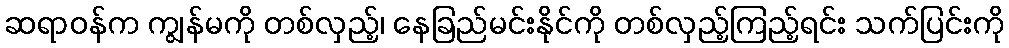
ဆရာဝန်က ကျွန်မကို တစ်လှည့်၊ နေခြည်မင်းနိုင်ကို တစ်လှည့်ကြည့်ရင်း သက်ပြင်းကို